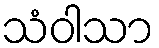
သံဝါသာ